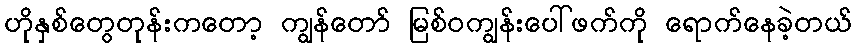
ဟိုနှစ်တွေတုန်းကတော့ ကျွန်တော် မြစ်ဝကျွန်းပေါ်ဖက်ကို ရောက်နေခဲ့တယ်